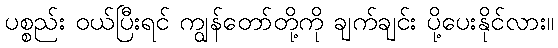
ပစ္စည်း ဝယ်ပြီးရင် ကျွန်တော်တို့ကို ချက်ချင်း ပို့ပေးနိုင်လား။